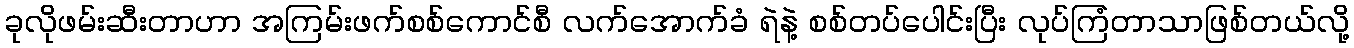
ခုလိုဖမ်းဆီးတာဟာ အကြမ်းဖက်စစ်ကောင်စီ လက်အောက်ခံ ရဲနဲ့ စစ်တပ်ပေါင်းပြီး လုပ်ကြံတာသာဖြစ်တယ်လို့